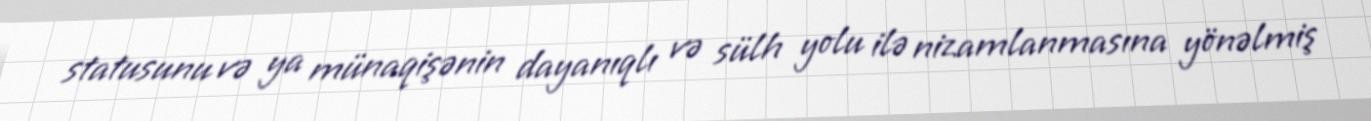
statusunu və ya münaqişənin dayanıqlı və sülh yolu ilə nizamlanmasına yönəlmiş